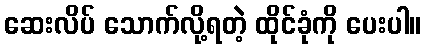
ဆေးလိပ် သောက်လို့ရတဲ့ ထိုင်ခုံကို ပေးပါ။